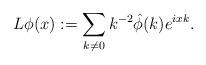
LaTeX: \begin{align*} L\phi(x) :=\sum_{k\neq 0}k^{-2}\hat \phi(k)e^{ixk}.\end{align*}